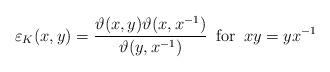
LaTeX: \begin{align*}\varepsilon _{K}(x,y)=\frac{\vartheta (x,y)\vartheta (x,x^{-1})}{\vartheta (y,x^{-1})}\, \, \, \mathrm{for}\, \, \, xy=yx^{-1}\end{align*}